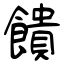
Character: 饋